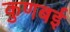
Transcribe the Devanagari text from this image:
कुणबई